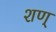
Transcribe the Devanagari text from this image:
शण्